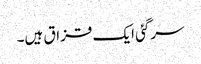
سرگئی ایک قزاق ہیں۔